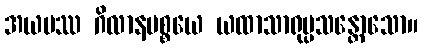
အယမဿ ဂိလာနပစ္စယေ ယထာသာရုပ္ပသန္တောသော။